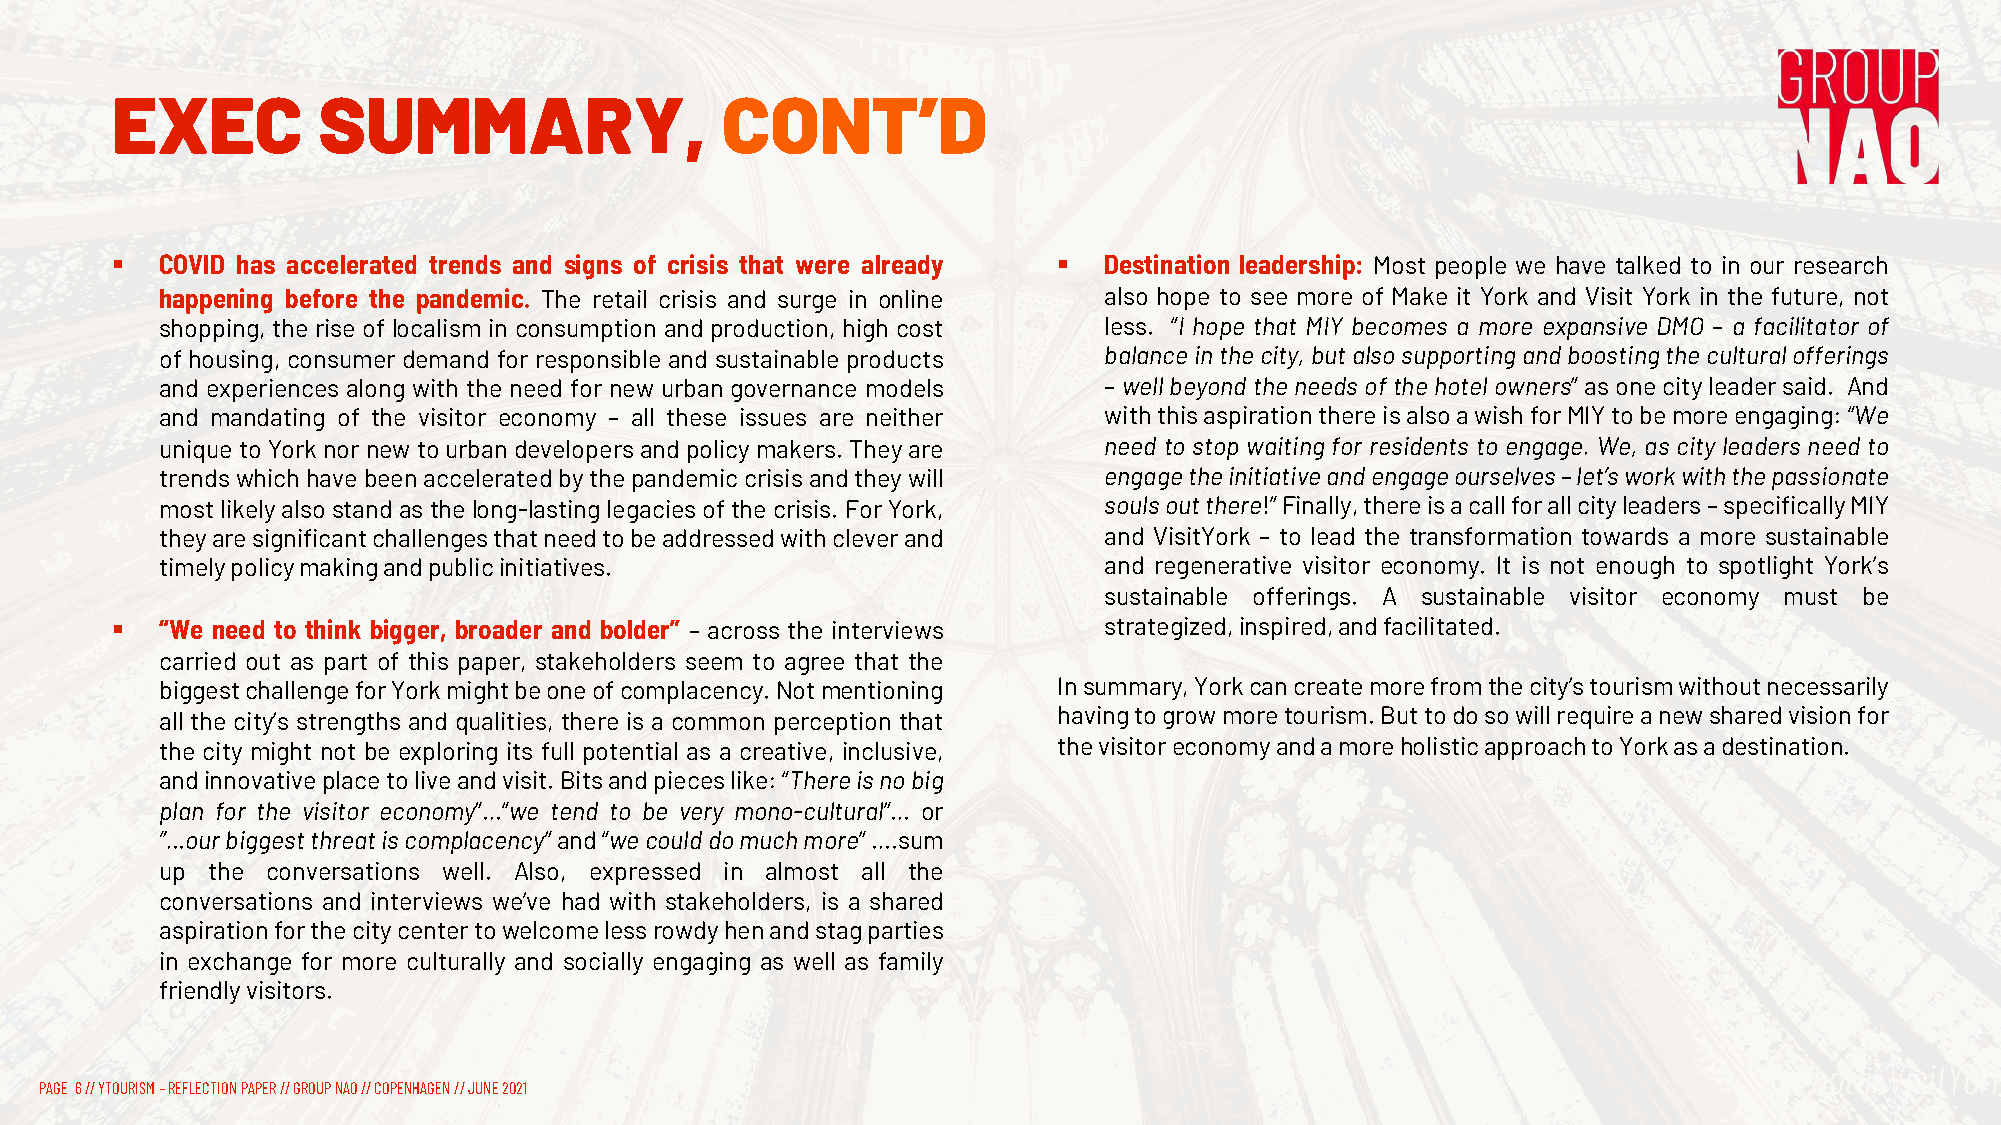
EXEC          SUMMARY,                   CONT’D
 §   COVID has accelerated trends and signs of crisis that were already § Destination leadership: Most people we have talked to in our research
 happening before the pandemic. The retail crisis and surge in online also hope to see more of Make it York and Visit York in the future, not
 shopping, the rise of localism in consumption and production, high cost less. “I hope that MIY becomes a more expansive DMO – a facilitator of
 of housing, consumer demand for responsible and sustainable products balanceinthecity,butalsosupportingandboostingtheculturalofferings
 and experiences along with the need for new urban governance models – wellbeyond the needs of the hotelowners” as one city leader said. And
 and mandating of the visitor economy – all these issues are neither withthisaspirationthereisalsoawishforMIYtobemoreengaging:“We
 uniquetoYorknornewtourban developersandpolicymakers. Theyare  need to stop waiting for residents to engage. We, as city leaders need to
 trendswhichhavebeenacceleratedbythepandemiccrisisandtheywill  engagetheinitiativeandengageourselves–let’sworkwiththepassionate
 mostlikelyalsostandasthelong-lastinglegaciesofthecrisis.ForYork, soulsoutthere!”Finally,thereisacallforallcityleaders–specificallyMIY
 theyaresignificantchallengesthatneedtobeaddressedwithcleverand and VisitYork – to lead the transformation towards a more sustainable
 timelypolicymakingandpublicinitiatives.                       and regenerative visitor economy. It is not enough to spotlight York’s
 sustainable offerings. A sustainable visitor economy must be
 §   “We need to think bigger, broader and bolder” – across the interviews strategized,inspired,andfacilitated.
 carried out as part of this paper, stakeholders seem to agree that the
 biggestchallengeforYorkmightbeoneofcomplacency.Notmentioning Insummary,Yorkcancreatemorefromthecity’stourismwithoutnecessarily
 all the city’s strengths and qualities, there is a common perception that havingtogrowmoretourism.Buttodosowillrequireanewsharedvisionfor
 the city might not be exploring its full potential as a creative, inclusive, thevisitoreconomyandamoreholisticapproachtoYorkasadestination.
 andinnovativeplacetoliveandvisit.Bitsandpieceslike:“Thereisnobig
 plan for the visitor economy”…“we tend to be very mono-cultural”… or
 ”…ourbiggestthreatiscomplacency”and“wecoulddomuchmore”….sum
 up the conversations well. Also, expressed in almost all the
 conversations and interviews we’ve had with stakeholders, is a shared
 aspirationforthecitycentertowelcomelessrowdyhenandstagparties
 in exchange for more culturally and socially engaging as well as family
 friendlyvisitors.
 Photo: VisitYork
 PAGE 6// YTOURISM –REFLECTION PAPER // GROUP NAO // COPENHAGEN // JUNE 2021